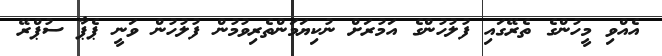
އެއްވި މީހުންގެ ތެރޭގައި ފުލުހުންގެ އަމުރަށް ނުކިޔަމަންތެރިވުމުން ފުލުހުން ވަނީ ޕެޕާ ސުޕްރޭ